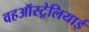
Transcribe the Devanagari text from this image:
वहऑस्ट्रेलियाई